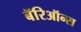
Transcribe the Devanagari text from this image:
बॅरिऑन्स